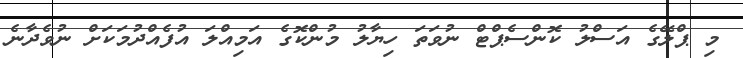
މި ޕްލޭގެ އަސްލު ކޮންސެޕްޓް ނުވަތަ ހިޔާލު މުންކޮގެ އަމިއްލަ އުފެއްދުމަކަށް ނުވެދާނެ